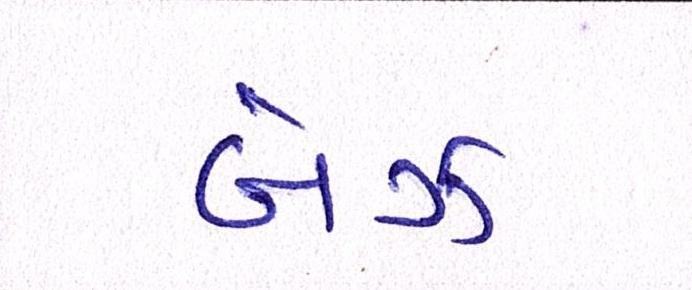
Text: બેઝ